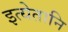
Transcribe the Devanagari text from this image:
इत्येतानि